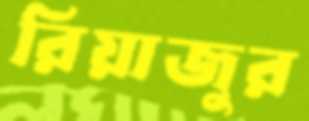
রিয়াজুর